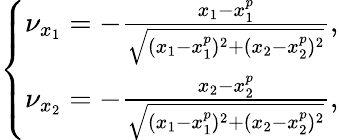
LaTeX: \left\{ \begin{array}{l}{\nu_{x_{1}}=-\frac{x_{1}-x_{1}^{p}}{\sqrt{(x_{1}-x_{1}^{p})^{2}+(x_{2}-x_{2}^{p})^{2}}},}\\ {\nu_{x_{2}}=-\frac{x_{2}-x_{2}^{p}}{\sqrt{(x_{1}-x_{1}^{p})^{2}+(x_{2}-x_{2}^{p})^{2}}},}\end{array}\right.